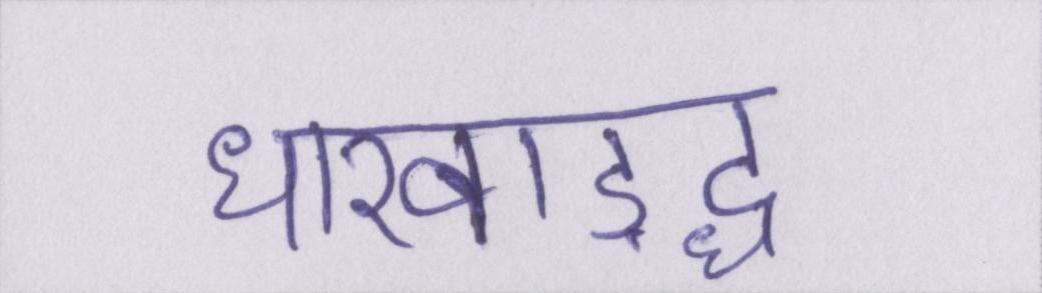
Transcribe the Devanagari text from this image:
धारवाड़द्ध